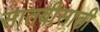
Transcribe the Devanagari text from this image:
सातवीसाठी